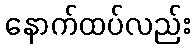
နောက်ထပ်လည်း